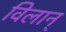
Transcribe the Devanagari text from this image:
विलान्